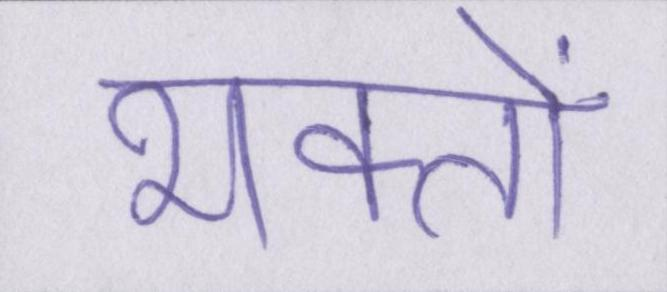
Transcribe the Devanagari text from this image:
भक्तों